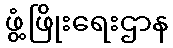
ဖွံ့ဖြိုးရေးဌာန